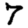
Digit: 7